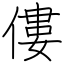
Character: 僂